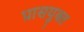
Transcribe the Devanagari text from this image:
प्रासयुक्त